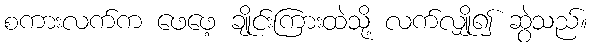
စကားလက်က ဖေဖေ့ ချိုင်းကြားထဲသို့ လက်လျှို၍ ဆွဲသည်။